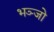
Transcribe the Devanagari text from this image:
भञ्जो